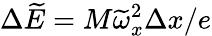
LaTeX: \Delta\widetilde{E}=M\widetilde{\omega}_{x}^{2}\Delta x/e